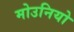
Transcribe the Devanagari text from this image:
मोउनियो